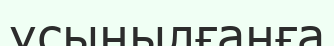
ұсынылғанға